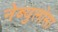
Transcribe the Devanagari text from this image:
नेब्युलोसा